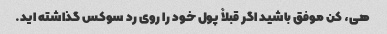
هی، کن موفق باشید اگر قبلاً پول خود را روی رد سوکس گذاشته اید.